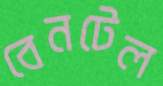
বেনটেল